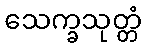
သေက္ခသုတ္တံ